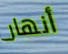
أنهار